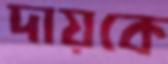
দায়কে